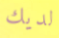
لديك